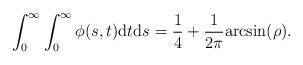
LaTeX: \begin{align*}\int_{0}^{\infty}\int_{0}^{\infty}\phi(s,t)\mathrm{d}t\mathrm{d}s=\frac{1}{4}+\frac{1}{2\pi}\mathrm{arcsin}(\rho).\end{align*}